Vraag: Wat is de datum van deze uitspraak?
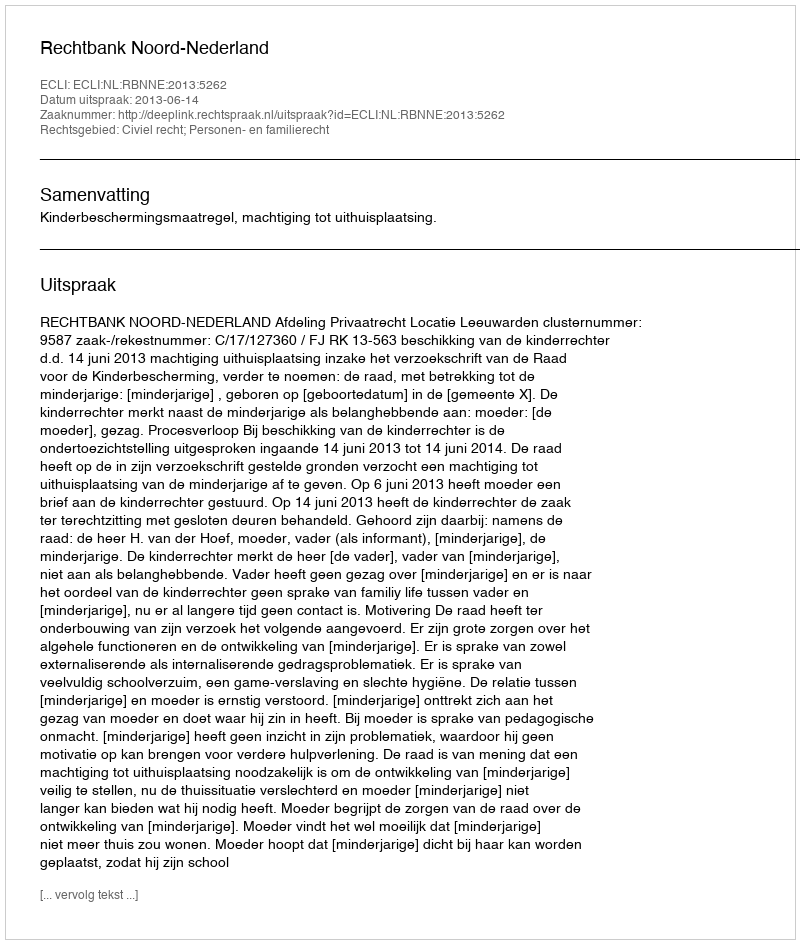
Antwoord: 2013-06-14